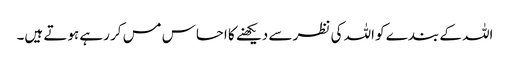
اللہ کے بندے کو اللہ کی نظر سے دیکھنے کا احساس مس کر رہے ہوتے ہیں۔